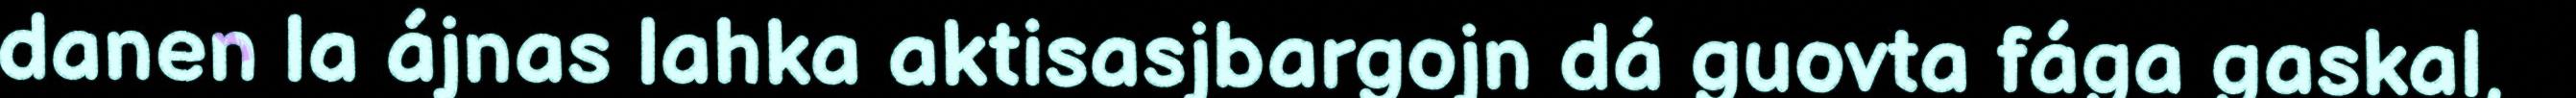
danen la ájnas lahka aktisasjbargojn dá guovta fága gaskal,